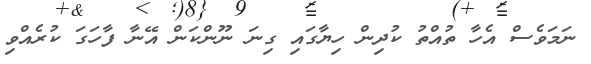
ނަމަވެސް އެހާ ތުއްތު ކުދިން ހިޔާގައި ގިނަ ނޫންކަން އޭނާ ފާހަގަ ކުރެއްވި